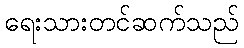
ရေးသားတင်ဆက်သည်